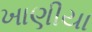
ખાણીયા